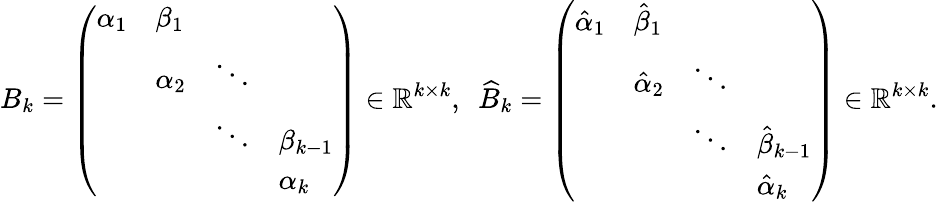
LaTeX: B_{k}=\left(\begin{array}{llll}{\alpha_{1}}&{\beta_{1}}&&\\ &{\alpha_{2}}&{\ddots}&\\ &&{\ddots}&{\beta_{k-1}}\\ &&&{\alpha_{k}}\end{array}\right)\in\mathbb{R}^{k\times k},\ \ \widehat{B}_{k}=\left(\begin{array}{llll}{\hat{\alpha}_{1}}&{\hat{\beta}_{1}}&&\\ &{\hat{\alpha}_{2}}&{\ddots}&\\ &&{\ddots}&{\hat{\beta}_{k-1}}\\ &&&{\hat{\alpha}_{k}}\end{array}\right)\in\mathbb{R}^{k\times k}.